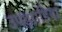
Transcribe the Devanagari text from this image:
उपझाड़ियां